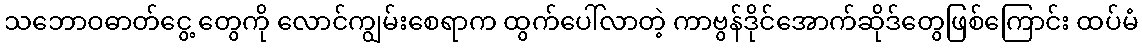
သဘောဝဓာတ်ငွေ့ တွေကို လောင်ကျွမ်းစေရာက ထွက်ပေါ်လာတဲ့ ကာဗွန်ဒိုင်အောက်ဆိုဒ်တွေဖြစ်ကြောင်း ထပ်မံ